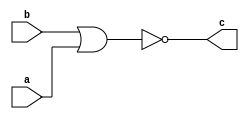
module NOR32(
    input [31:0] a,
    input [31:0] b,
    output [31:0] c
);
    assign c=~(b|a);
endmodule